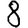
Digit: 8